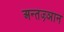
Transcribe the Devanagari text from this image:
अन्तज्र्ञान